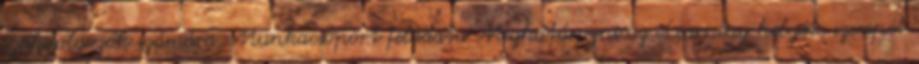
szakdolgozók számára. Munkacsoport feladata Meghatározni az eLearning helyét, szerepét